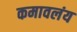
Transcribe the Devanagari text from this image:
कमावलंय